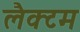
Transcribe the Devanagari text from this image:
लैक्टम